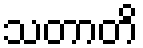
သတာတိ